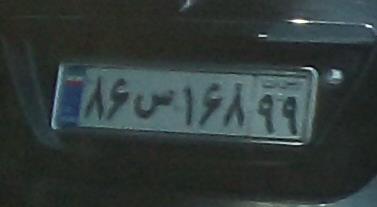
۸۶ص۱۶۸۹۹